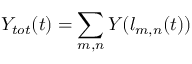
Y _ { t o t } ( t ) = \sum _ { m , n } Y ( l _ { m , n } ( t ) )